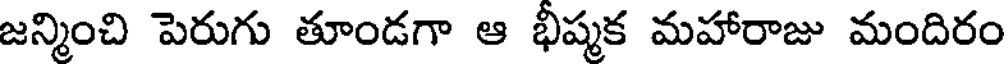
జన్మించి పెరుగు తూండగా ఆ భీష్మక మహారాజు మందిరం